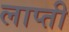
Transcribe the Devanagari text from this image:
लाप्ती